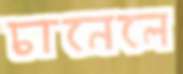
চানেলে